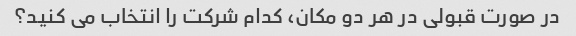
در صورت قبولی در هر دو مکان، کدام شرکت را انتخاب می کنید؟